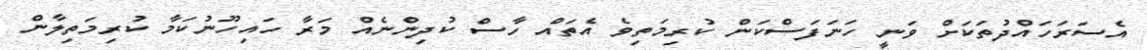
އެސަރަހައްދުތަކަށް ވަނީ ހަނަފަސްކަން ކުރިމަތިވެ އެތައް ހާސް ކުދިންނެއް މަރާ ހައިހޫނުކަމާ ކުރިމަތިލާން